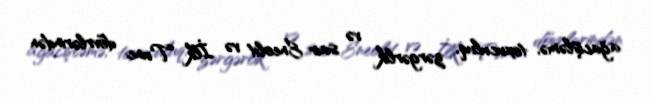
ağacişləmə, toxuculuq, zərgərlik və sair Eneolit və İlk Tunc dövrlərindən